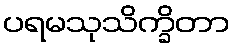
ပရမသုသိက္ခိတာ